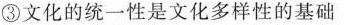
③文化的统一性是文化多样性的基础